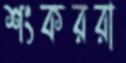
শংকররা